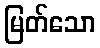
မြတ်သော